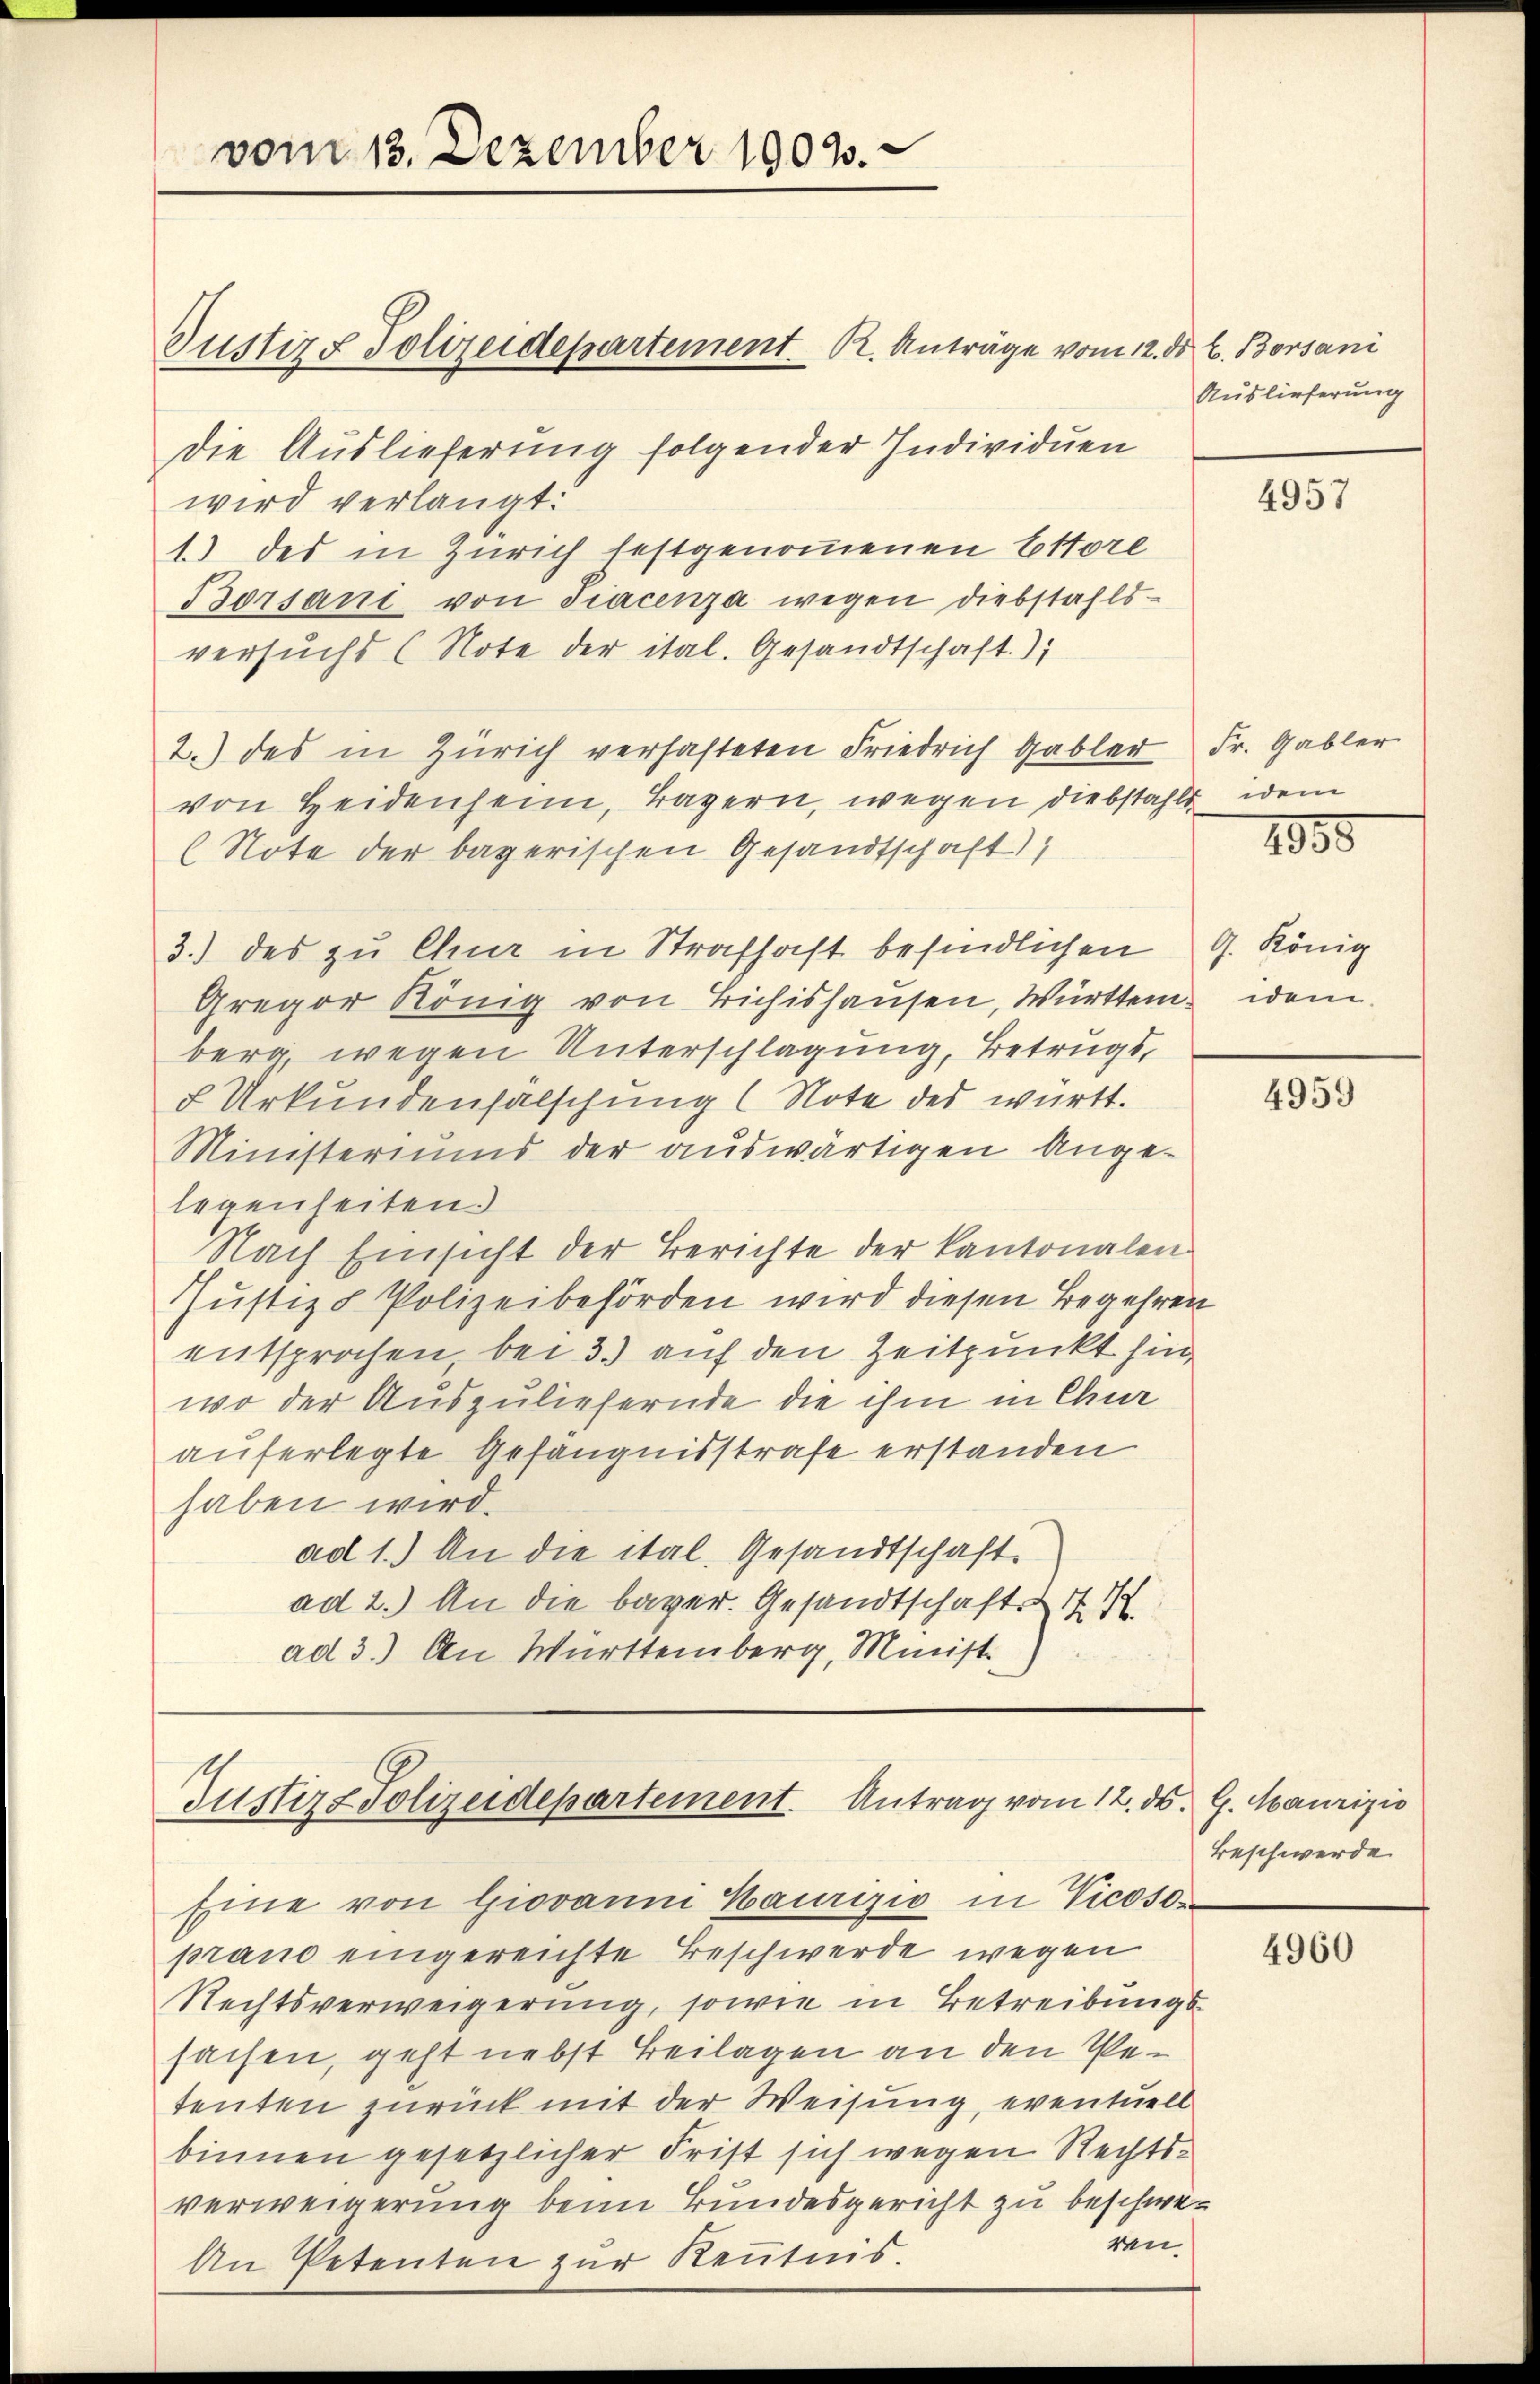
vom 13. Dezember 1903.

Die Auslieferung folgender Individuen
wird verlangt.
1.) des in Zürich festgenommenen Ettore
Borsani von Tracenza wegen Diebstahls
versuchs (Note der ital. Gesandtschaft)
2.) des in Zürich verhafteten Friedrich Gabler Fr. Gabler
von Heidenheim, Tagern, wegen diebstahls idem
(Note der bagerischen Gesandtschaft)
3.) des zu Chur in Strafhaft befindlichen G. König
Gregor König von Tichishausen, Württem, wenn
berg, wegen Unterschlagung, Betrugs,
5 Urkundenfalschung (Note des württ.
Ministeriums der auswärtigen Angelegenheiten.
Nach Einsicht der Berichte der Kantonalen
Justiz & Polizeibehörden wird diesen Begehren
entsprochen, bei 3.) auf den Zeitpunkt hin,
wo der Auszuliefernde die ihm in Chur
auferlegte Gefängnisstrafe erstanden
haben wird.
ad 1.) An die ital. Gesandtschaft.
ad 2.) An die bayer. Gesandtschaftsit. K
ad 3.) An Württemberg, Minist

Justiz & Polizeidepartement. K. Anträge vom 12. ds. C. Borsani

Gusters Polizeidepartement. Antrag vom 12. ds. 9. Maurizio
Eine von Giovanni Haurizio in Vicoso¬

Auslieferung

prano eingereichte Beschwerde wegen
Rechtsverweigerung, sowie in Betreibungssachen, geht nebst Beilagen an den Petenten zurück mit der Weisung, eventuell
binnen gesetzlicher Frist sich wegen Rechtsverweigerung beim Bundesgericht zu beschweren
An Petenten zur Rentnis.

4957

1835

4959

Beschwerde

4960